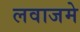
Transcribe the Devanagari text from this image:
लवाजमे